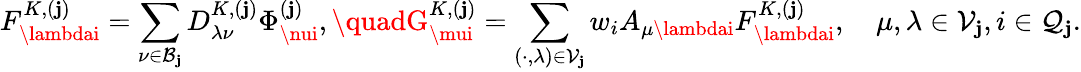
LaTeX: F_{\lambdai}^{K,(\mathbf{j})}=\sum_{\nu\in\mathcal{{B}}_{\mathbf{j}}}D_{\lambda\nu}^{K,(\mathbf{j})}\Phi_{\nui}^{(\mathbf{j})},\quadG_{\mui}^{K,(\mathbf{j})}=\sum_{(\cdot,\lambda)\in\mathcal{{V}}_{\mathbf{j}}}w_{i}A_{\mu\lambdai}F_{\lambdai}^{K,(\mathbf{j})},\quad\mu,\lambda\in\mathcal{{V}}_{\mathbf{j}},i\in\mathcal{{Q}}_{\mathbf{j}}.